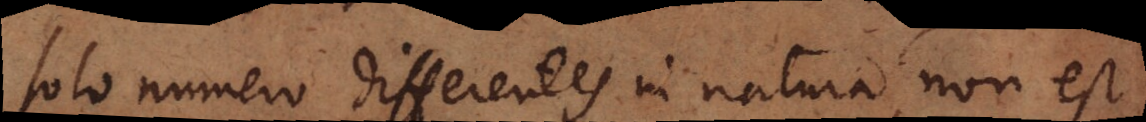
solo numero differentes in natura, non est